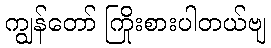
ကျွန်တော် ကြိုးစားပါတယ်ဗျ